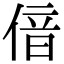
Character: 偣